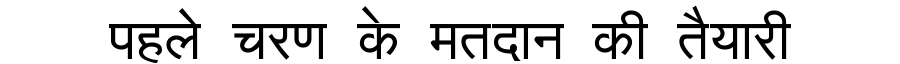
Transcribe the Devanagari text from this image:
पहले चरण के मतदान की तैयारी